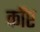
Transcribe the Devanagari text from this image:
कॉप्ट